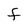
Character: F